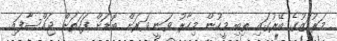
މަރުކަޒުގެ ބޭރުގައި ތިބި މީހުން މިހާރު ވަނީ ވަރަށް ބޮޑަށް ފަހަތަށް ޖައްސާފައި.